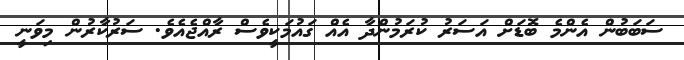
ސަބަބުން އެންމެ ބޮޑަށް އަސަރު ކުރަމުންދާ އެއް ގައުމަކީވެސް ރާއްޖެއެވެ. ސަރުކާރުން މިވަނީ